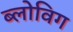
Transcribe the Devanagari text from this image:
ब्‍लोविग